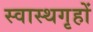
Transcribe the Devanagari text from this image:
स्वास्थगृहों